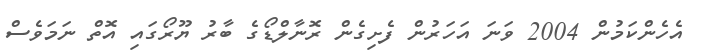
އެހެންކަމުން 2004 ވަނަ އަހަރުން ފެށިގެން ރޮނާލްޑޯގެ ބާރު ޔޫރޯގައި އޮތް ނަމަވެސް